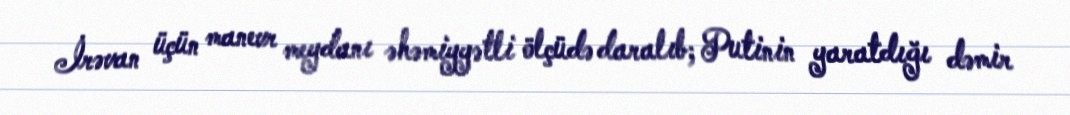
İrəvan üçün manevr meydanı əhəmiyyətli ölçüdə daralıb; Putinin yaratdığı dəmir